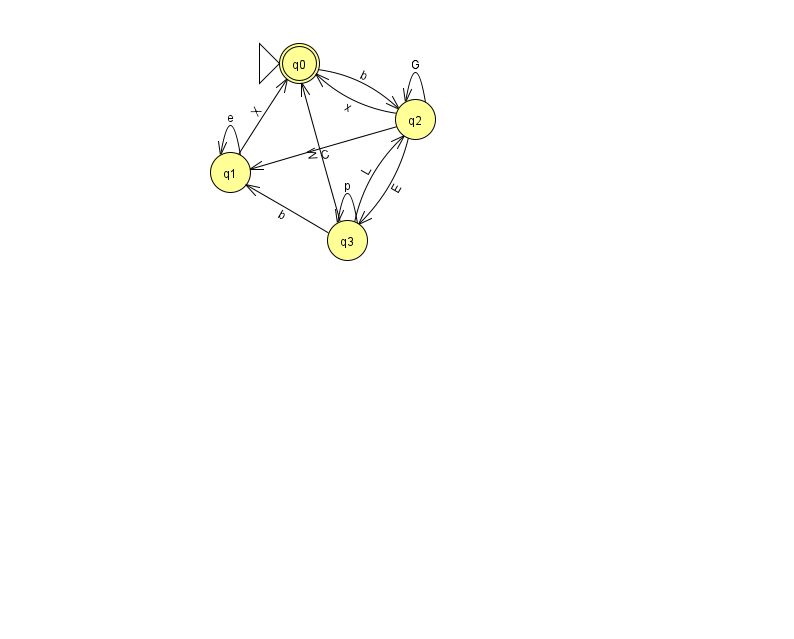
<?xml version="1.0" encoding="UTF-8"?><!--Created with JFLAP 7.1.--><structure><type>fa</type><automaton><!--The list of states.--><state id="0" name="q0"><x>299.0</x><y>50.0</y><initial/><final/></state><state id="1" name="q1"><x>230.0</x><y>159.0</y></state><state id="2" name="q2"><x>415.0</x><y>106.0</y></state><state id="3" name="q3"><x>347.0</x><y>227.0</y></state><!--The list of transitions.--><transition><from>1</from><to>0</to><read>X</read></transition><transition><from>3</from><to>3</to><read>p</read></transition><transition><from>2</from><to>1</to><read>C</read></transition><transition><from>2</from><to>0</to><read>x</read></transition><transition><from>3</from><to>0</to><read>W</read></transition><transition><from>3</from><to>2</to><read>L</read></transition><transition><from>1</from><to>1</to><read>e</read></transition><transition><from>2</from><to>2</to><read>G</read></transition><transition><from>0</from><to>2</to><read>b</read></transition><transition><from>2</from><to>3</to><read>E</read></transition><transition><from>3</from><to>1</to><read>b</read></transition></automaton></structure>